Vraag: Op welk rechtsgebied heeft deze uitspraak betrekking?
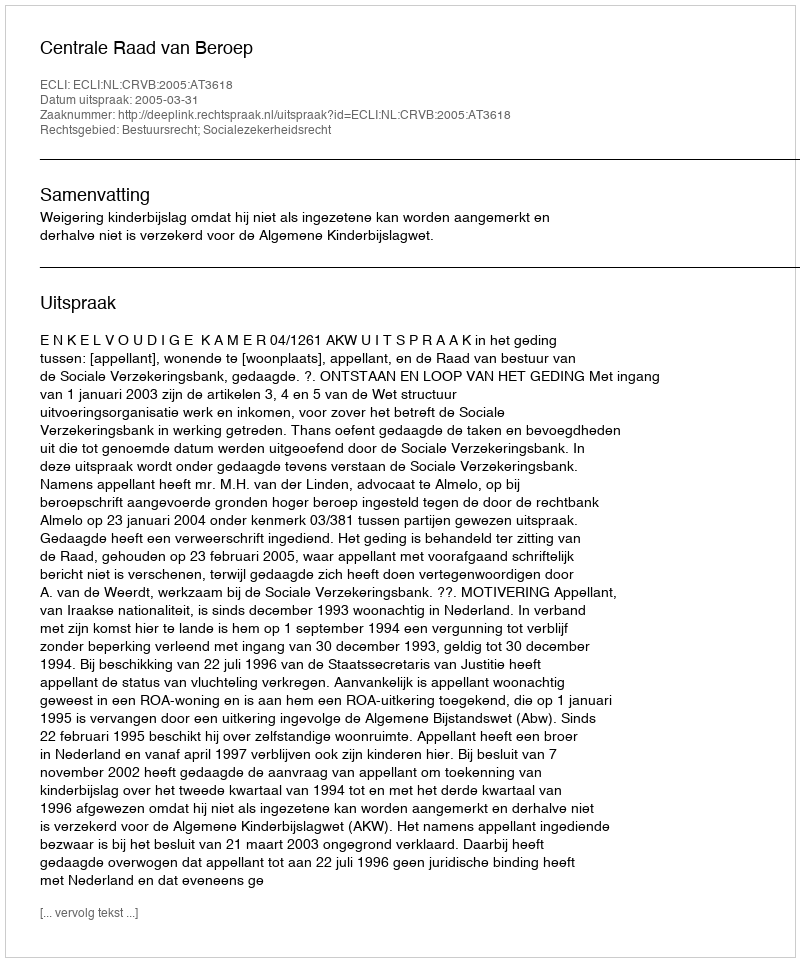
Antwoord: Bestuursrecht; Socialezekerheidsrecht